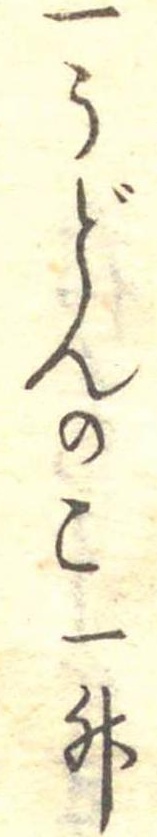
一うどんのこ一升